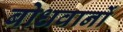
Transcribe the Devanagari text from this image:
बोधवानों